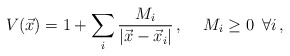
\begin{align*}V(\vec{x})= 1 +\sum_{i}\frac{M_{i}}{|\vec{x}-\vec{x}_{i}|}\, ,\hspace{.5cm}M_{i}\geq 0\hspace{.2cm}\forall i\, ,\end{align*}